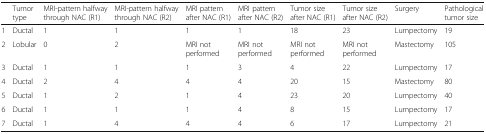
|  | Tumor type | MRI-pattern halfway through NAC (R1) | MRI-pattern halfway through NAC (R2) | MRI pattern after NAC (R1) | MRI pattern after NAC (R2) | Tumor size after NAC (R1) | Tumor size after NAC (R2) | Surgery | Pathological tumor size |
 | --- | --- | --- | --- | --- | --- | --- | --- | --- | --- |
 | 1 | Ductal | 1 | 1 | 1 | 1 | 18 | 23 | Lumpectomy | 19 |
 | 2 | Lobular | 0 | 2 | MRI not performed | MRI not performed | MRI not performed | MRI not performed | Mastectomy | 105 |
 | 3 | Ductal | 1 | 1 | 1 | 3 | 4 | 22 | Lumpectomy | 17 |
 | 4 | Ductal | 2 | 4 | 4 | 4 | 20 | 15 | Mastectomy | 80 |
 | 5 | Ductal | 1 | 2 | 1 | 4 | 23 | 20 | Lumpectomy | 40 |
 | 6 | Ductal | 1 | 1 | 1 | 4 | 8 | 15 | Lumpectomy | 17 |
 | 7 | Ductal | 1 | 4 | 4 | 4 | 6 | 17 | Lumpectomy | 21 |